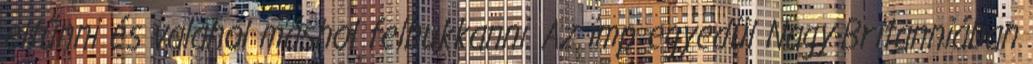
eltűnni és valahol máshol felbukkanni. Az imp egyedül Nagy-Britanniában